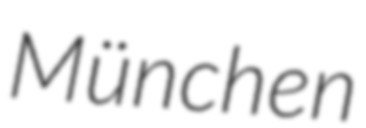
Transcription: München